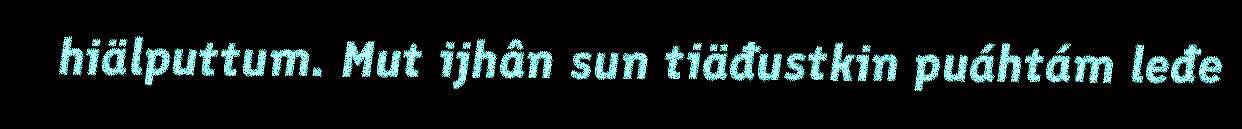
hiälputtum. Mut ijhân sun tiäđustkin puáhtám leđe